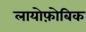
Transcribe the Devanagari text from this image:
लायोफ़ोबिक